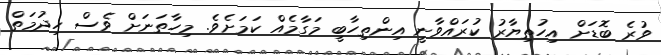
ވުރެ ބޮޑަށް އިހުތިޔާރު ކުރައްވާނީ އިންތިހާބީ މަގާމެއް ކަމަށެވެ. މިހާތަނަށް ވެސް ހިދުމަތް